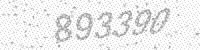
Solution: 893390